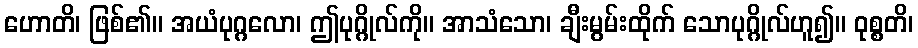
ဟောတိ၊ ဖြစ်၏။ အယံပုဂ္ဂလော၊ ဤပုဂ္ဂိုလ်ကို။ အာသံသော၊ ချီးမွမ်းထိုက် သောပုဂ္ဂိုလ်ဟူ၍။ ဝုစ္စတိ၊